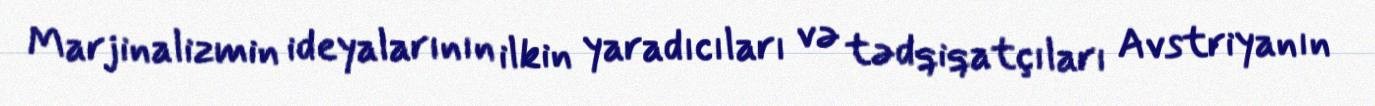
Marjinalizmin ideyalarının ilkin yaradıcıları və tədqiqatçıları Avstriyanın